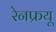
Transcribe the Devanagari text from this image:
रेनफ्रयू